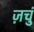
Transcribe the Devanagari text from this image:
ज़चुं